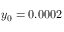
y _ { 0 } = 0 . 0 0 0 2